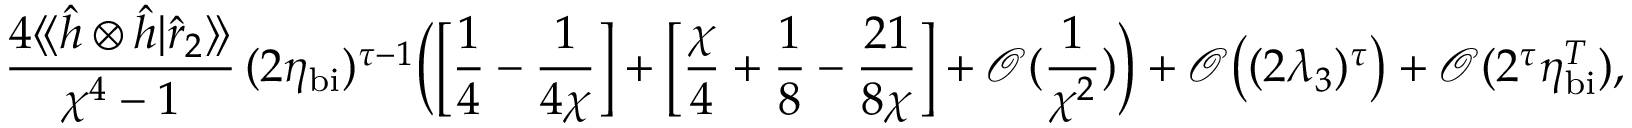
\frac { 4 \langle \! \langle \hat { h } \otimes \hat { h } | \hat { r } _ { 2 } \rangle \! \rangle } { \chi ^ { 4 } - 1 } \, ( 2 \eta _ { \mathrm { b i } } ) ^ { \tau - 1 } \Big ( \Big [ \frac { 1 } { 4 } - \frac { 1 } { 4 \chi } \Big ] + \Big [ \frac { \chi } { 4 } + \frac { 1 } { 8 } - \frac { 2 1 } { 8 \chi } \Big ] + \mathcal { O } ( \frac { 1 } { \chi ^ { 2 } } ) \Big ) + \mathcal { O } \big ( ( 2 \lambda _ { 3 } ) ^ { \tau } \big ) + \mathcal { O } ( 2 ^ { \tau } \eta _ { \mathrm { b i } } ^ { T } ) ,